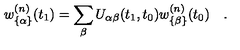
w _ { \{ \alpha \} } ^ { ( n ) } ( t _ { 1 } ) = \sum _ { \beta } U _ { \alpha \beta } ( t _ { 1 } , t _ { 0 } ) w _ { \{ \beta \} } ^ { ( n ) } ( t _ { 0 } ) \quad .